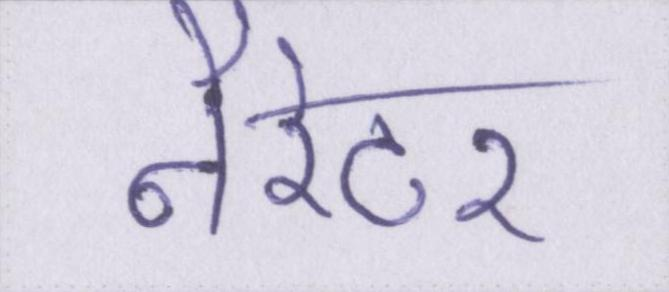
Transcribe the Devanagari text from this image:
नैरेटर